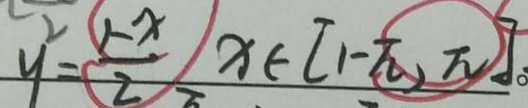
y ^ { 2 } = \frac { 1 - x } { 2 } ) x \in [ 1 - \pi , \pi ]